Indian journal of veterinary science and animal husbandry - Volume 10,
Year: 1940
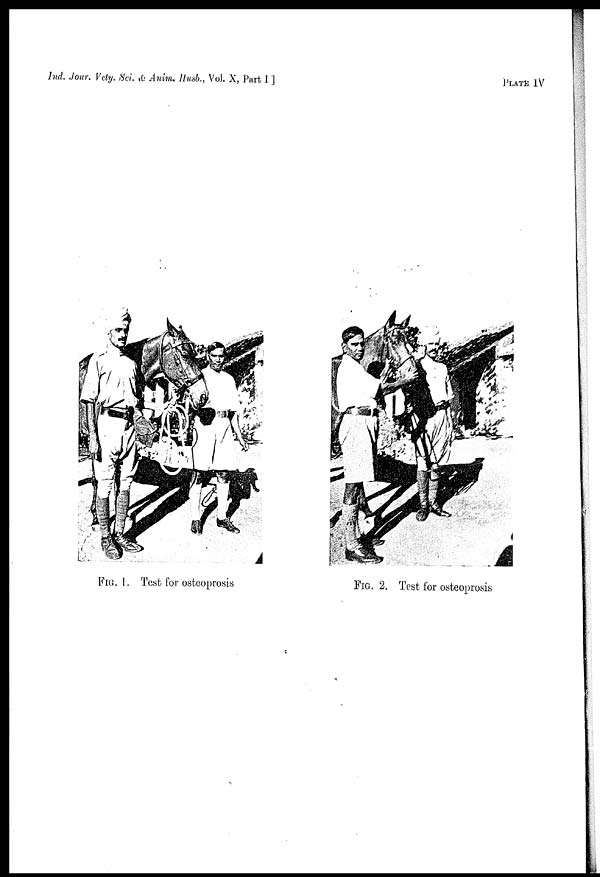
Ind. Jour. Vety. Sci. & Anim. Husb., Vol. X, Part I ]
PLATE
IV
FIG. 1. Test for osteoprosis
FIG. 2. Tost for osteoprosis